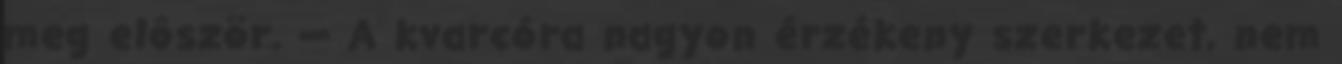
meg elôször. — A kvarcóra nagyon érzékeny szerkezet, nem